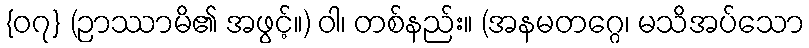
{၀၇} (ဉာဿာမိ၏ အဖွင့်။) ဝါ၊ တစ်နည်း။ (အနမတဂ္ဂေ၊ မသိအပ်သော